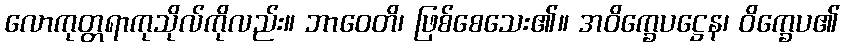
လောကုတ္တရာကုသိုလ်ကိုလည်း။ ဘာဝေတိ၊ ဖြစ်စေသေး၏။ အဝိက္ခေပဋ္ဌေန၊ ဝိက္ခေပ၏